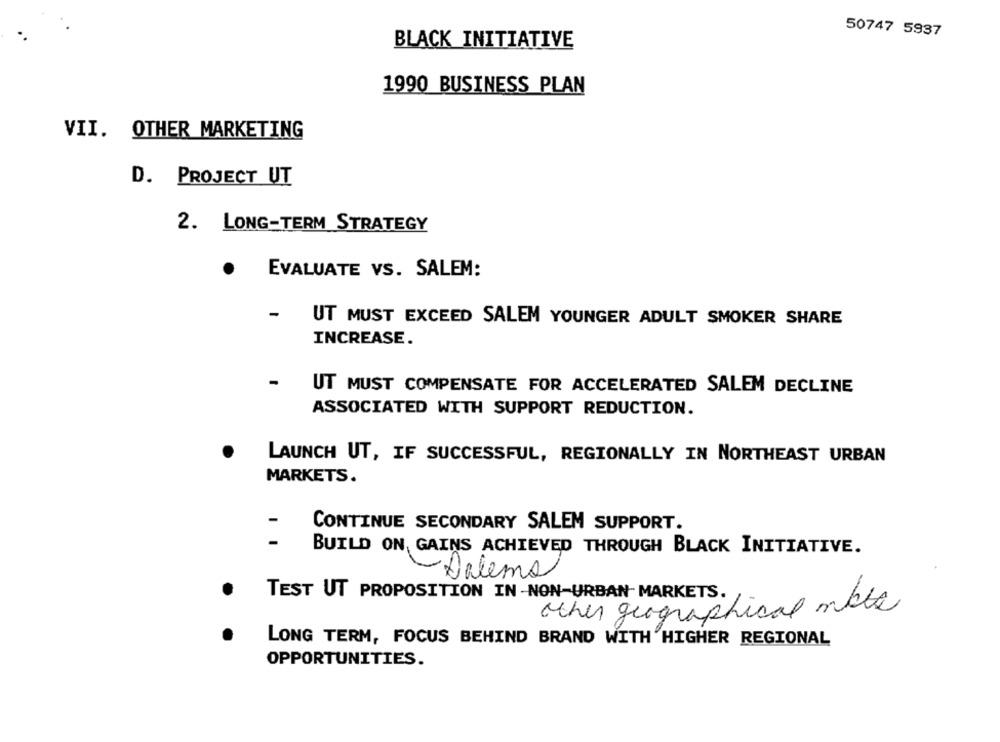
50747 5937
BLACK INITIATIVE
1990 BUSINESS PLAN
VII. OTHER MARKETING
D. PROJECT UT
2. LONG-TERM STRATEGY
EVALUATE VS. SALEM:
-
UT MUST EXCEED SALEM YOUNGER ADULT SMOKER SHARE
INCREASE.
-
UT MUST COMPENSATE FOR ACCELERATED SALEM DECLINE
ASSOCIATED WITH SUPPORT REDUCTION.
LAUNCH UT, IF SUCCESSFUL, REGIONALLY IN NORTHEAST URBAN
MARKETS.
-
CONTINUE SECONDARY SALEM SUPPORT.
BUILD ON, GAINS ACHIEVED THROUGH BLACK INITIATIVE.
Dalems
TEST UT PROPOSITION IN -NON-URBAN MARKETS.
other geographical male
LONG TERM, FOCUS BEHIND BRAND WITH HIGHER REGIONAL
OPPORTUNITIES.